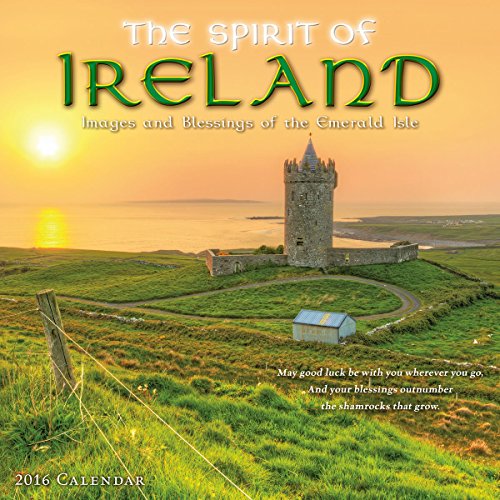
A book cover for Spirit of Ireland 2016 Wall Calendar; Sellers Publishing; Calendars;